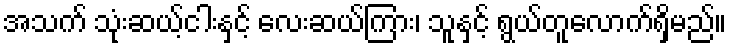
အသက် သုံးဆယ့်ငါးနှင့် လေးဆယ်ကြား၊ သူနှင့် ရွယ်တူလောက်ရှိမည်။